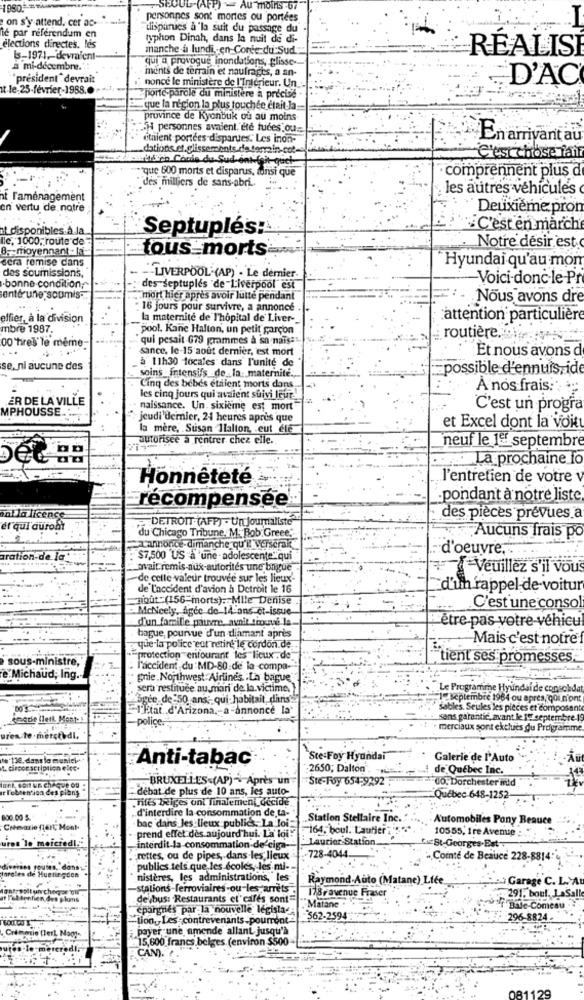
SEOUL (AFP) - AU moins 67
on s'y attend. cer as-
personnes sont mortes ou portées
disparues a'la suit du passage du
ié par referendum en
typhon Dinah, dans la nuit de di-
elections directes, les
manche a lundi-en-Corte du Sud
RÉALIS
Is-1971 ,- devraient-
qui a provoque inondations, glisse-
a mi-décembre. !!
ments de terrain et naufrages, a an-
president devrait
D'AC
t-le-25-février-1988.0
nonce le ministère de l'Interieur. Un
porte-parole du ministère a precise
que la région la plus touchée était la-
province de Kyonbuk ou au moins
N4 personnes avaient. ete tudes ou.
itnient portées disparues. Les inon-
Enarrivant au
dations et.glissements.de terrain-cot-
mitdien Cocio du Sud-ont fait-gach
C'est chose fair
-"que 600 morts et disparus, funsi que
comprennent plus d
des milliers de sans-abri ..
les autres véhicules
t l'aménagement
en vertu de notre
Deuxième prom
t disponibles à la.
C'est en marche
lle, 1000, route de
Septuplés:
8 .- moyennant - k-
tous morts
.Notre desir est.
sera remise dans
des soumissions,
Hyundai qu'au mom
LIVERPOOL (AP) - Le dernier
Voici donc-le Pr
.bonne condition;"
des septuplés 'de Liverpool" est
enter une soumis-
mort hier après avoir luite pendant
. Nous avons dre
16 jours pour survivre, a annoncé
effier, à la division
la maternité de l'hôpital de Liver -.
attention particulière
mbre 1987.
pool. Kane Halton, un petit garçon
00 tres le meme-
qui pesait 679 grammes à sa nais:
routiere.
sance. le-15 aout dernier, est mort
Et nous avons d
à 11h30 locales dans l'unité de
se. ni aucune des
soins _ Intensifs de .. la maternité .,
=possible d'ennuis ide
Cinq des bébés étaient morts dans.
A nos frais: : **
ER DE LA VILLE
les cinq jours qui avaient suivi leur."
MPHOUSSE ...
naissance. Un. sixième est mort
C'est un progra
jeudi'demier, 24 heures après que
la mère, Susan Ilalton, eut élé
et Excel dont la voitt
autorisee a rentrer chez elle.
neuf le 1er septembre
La prochaine fo
Honnêteté
l'entretien de votre v
pondant à notre liste.
récompensée
int la licence
DETROIT (AFP) - Un Journaliste"
des pièces prévues a
él qui auront
du Chicago Tribune. M. Bob. Greee.
Aucuns frais po
L'annonce-dimanche qu'il verserai
d'oeuvre."
aration-de la
$7,500 US & 'une- adolescente" qui
avait remis-aux-autorités une bague
Veuillez s'il vous
de celle valeur trouvée sur les lieux-
de L'accident d'avion à Detroit le 16
d'un rappel de voitur
mout*(156"morts). Mlle Denise
:McNeely, Agce de 14 ans et-issue
C'est une consol
d'un famille pauvre, avnit trouvé la
être pas votre-vehicul
bague, pourvue d'un diamant après
Mais c'est notre f
que la police eor raine le cordon.de
sous-ministre,
protection entourant les lieux . de
tient ses promesses.
l'accident du MD-80 de la compa-
e Michaud; Ing .-
grie Northwest Airlines .La bague"
sera restituée au mari de la victime.
Le Programme Hyundai de consoldat
Magee, de 50 ans; qui-habitait, dans"
1- septembre 1964 ou apres, gou n'ont
I'Fiat.d'Arizona ,- a-annonce la
sables. Seules les pièces et composante
Sectie lletk Mont-
-police.
sans garantie, avant le 19 septembre 19
merciaux sont exclues du Programme
uren te.měrctbdi.
De'13e, dans la munici-
Ste-Foy Hyundai
Galerie de l'Auto
A. circonscription elee.
Anti-tabac
2650; Dalton
de Québec Inc.
BRUXELLES.(AP) -. Après un
Ste-Foy 654-9292
00. Dorchester inid
font soit un cheque ou =
e l'obtention des piany
- debat de plus de 10 ans, les auto-
„Tiles IRiges ont finalement occide.
Québec 648-1252
d'interdire la consommation de ta-
800.00 S.
- bac dans les lieux publics- La loi-
Station Stellaire Inc.
Automobiles Pony Beauce
Chemie (er Mont.
prend effet des aujourd'hui. La loi:
164, boul. Lautier !
10555, fre Avenue
Laurier-Station
uros 'le' maiciedi.
interdit-la-consommation-de'ciga-
728-4044
.rettes, ou de pipes, dans les lieux
„Cointe de Beauce 228-88149
orales
publics tels que les écoles, les mil-
uetingdon
nistères, les administrations, les
Raymond-Auto (Matane) Liée
Garage C. L.MA
-stations-ferroviaires -ou-les arrets .
178ravenue Fraser
291, boul, LaS
kans
delbus: Restaurants el"cafés sont=
Matane.
épargnes par la nouvelle législa-
Bale-Comes
-Tion,Les contrevenants-pourront
$62-2594
296-8824
payer une amende allant jusqu'à
15,600 francs belges. (environ $500
CAN)."
081129